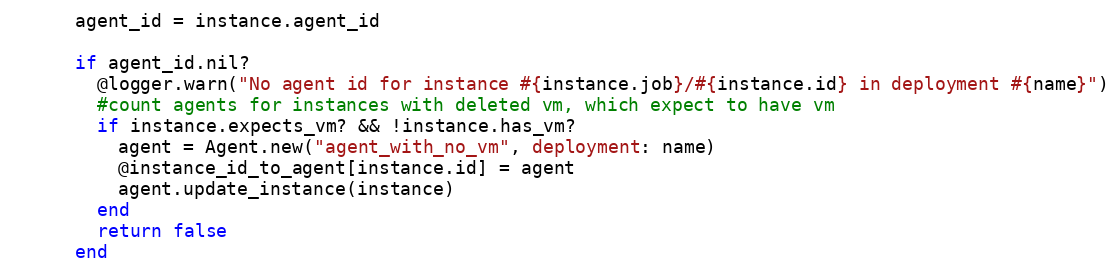
Language: Ruby
      agent_id = instance.agent_id

      if agent_id.nil?
        @logger.warn("No agent id for instance #{instance.job}/#{instance.id} in deployment #{name}")
        #count agents for instances with deleted vm, which expect to have vm
        if instance.expects_vm? && !instance.has_vm?
          agent = Agent.new("agent_with_no_vm", deployment: name)
          @instance_id_to_agent[instance.id] = agent
          agent.update_instance(instance)
        end
        return false
      end